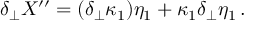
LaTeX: \delta _ { \perp } X ^ { \prime \prime } = ( \delta _ { \perp } \kappa _ { 1 } ) \eta _ { 1 } + \kappa _ { 1 } \delta _ { \perp } \eta _ { 1 } \, .